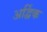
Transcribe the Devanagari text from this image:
अर्द्विक